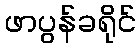
ဖာပွန်ခရိုင်